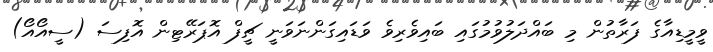
ވީމީޑިއާގެ ފަރާތުން މި ބައްދަލުވުމުގައި ބައިވެރިވެ ވަޑައިގަންނަވަނީ ޗީފް އޮޕަރޭޓިން އޮފިސަ (ސީއޯއޯ)